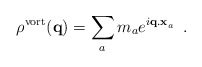
\begin{align*}\rho^{\rm vort} ({\bf q}) = \sum_a m_a e^{i {\bf q.x}_a} \, \, \, .\end{align*}